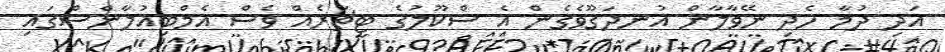
އަދި ދުމާ ހެދި ނޭވާލާން އުނދަގޫވެގެން އެ ސްކޫލުގެ ޓީޗަރެއް ވެސް އެމްބިއުލާންސްގައި